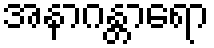
အနာဂန္တာရော